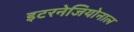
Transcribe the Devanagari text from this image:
इटरनेजियोनाल